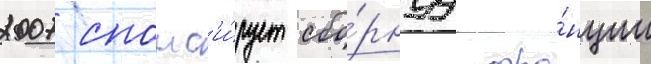
2007 спонс'и́рует сбо́рнуу фра́нции